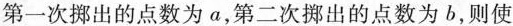
第一次掷出的点数为a，第二次擦出的点数为b，则使